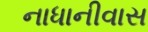
નાધાનીવાસ